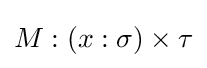
M:(x:\sigma )\times \tau